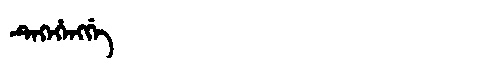
Manchu: ᡨᡝᡴᡝᡥᡝᠩᡤᡝ
Romanization: TEKEHENGGE